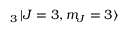
_ { 3 } \mathinner { | { J = 3 , m _ { J } = 3 } \rangle }